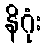
နိဂုံး